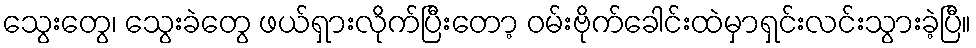
သွေးတွေ၊ သွေးခဲတွေ ဖယ်ရှားလိုက်ပြီးတော့ ဝမ်းဗိုက်ခေါင်းထဲမှာရှင်းလင်းသွားခဲ့ပြီ။